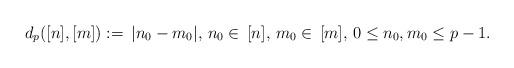
LaTeX: \begin{align*}d_p([n],[m]):=\,|n_0-m_0|,\,n_0\in\,[n],\,m_0\in\,[m],\,0\leq n_0,m_0\leq p-1.\end{align*}